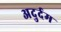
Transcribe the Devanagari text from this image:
अदुर्दम